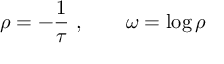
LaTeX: \rho = - { \frac { 1 } { \tau } } \ , \qquad \omega = \log \rho